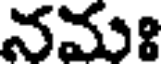
నమః